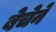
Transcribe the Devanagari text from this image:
बेचेने